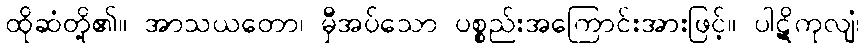
ထိုဆံတို့၏။ အာသယတော၊ မှီအပ်သော ပစ္စည်းအကြောင်းအားဖြင့်။ ပါဋိကုလျံ၊